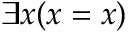
\exists x ( x = x )